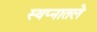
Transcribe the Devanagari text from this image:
स्वप्नातले